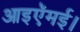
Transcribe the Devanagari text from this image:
आइऍमई।